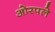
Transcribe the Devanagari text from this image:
ओरपले